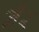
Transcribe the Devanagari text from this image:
नैर